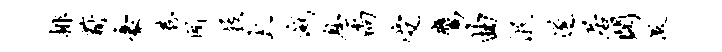
排葑豪巷所屐太灭息尚受鹰曲泯遂居阁激